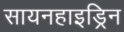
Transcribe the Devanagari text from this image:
सायनहाइड्रिन